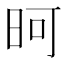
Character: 𪰏